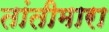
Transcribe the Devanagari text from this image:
तांतीमारा